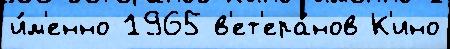
и́м'енно 1965 в'ет'ера́нов К'ино